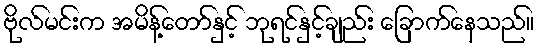
ဗိုလ်မင်းက အမိန့်တော်နှင့် ဘုရင်နှင့်ချည်း ခြောက်နေသည်။